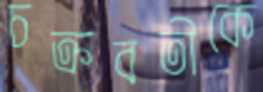
চক্রবতীকে